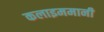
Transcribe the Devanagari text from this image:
कलाइममानी